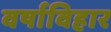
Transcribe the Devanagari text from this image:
वर्षाविहार